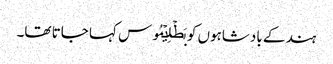
ہند کے بادشاہوں کو بَطۡلِیۡمُوس کہا جاتا تھا۔